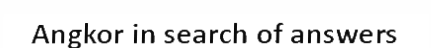
Angkor in search of answers